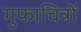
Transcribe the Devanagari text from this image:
गुफाचित्रों